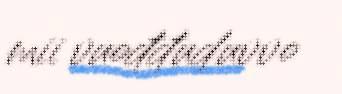
mii vuođđuduvvo